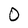
Character: 0